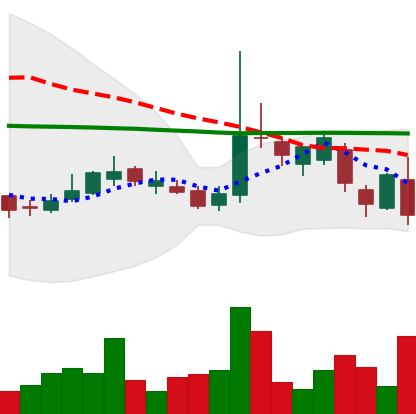
Ticker: LTC-USD
Chart end date: 2017-03-10
Forward return: 10.892%
Label: up_7plus